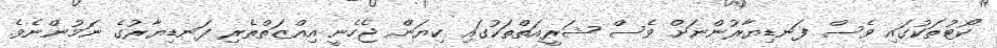
ކޯޓުތަކުގައި ވެސް ފަނޑިޔާރުންނަށް ވެސް ޝަރީއަތްތަކުގައި ކިޔަން ޖެހެނީ އިއްޒަތްތެރި ފަނޑިޔާރުގެ ނަމުންނެވެ.